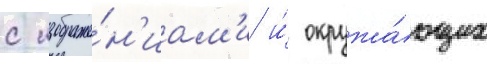
с изображе́н'иам'и и́ окружа́ющих